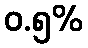
ဝ.၅%